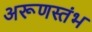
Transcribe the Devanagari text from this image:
अरूणस्तंभ